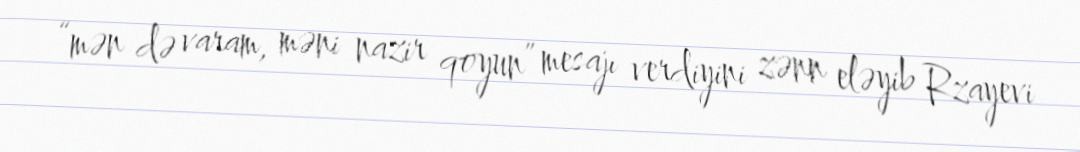
“mən də varam, məni nazir qoyun” mesajı verdiyini zənn eləyib Rzayevi